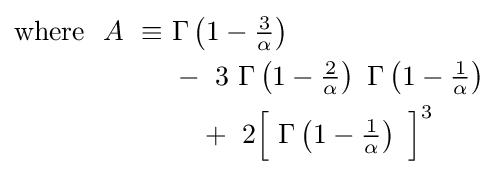
{\begin{aligned}{\text{where}}~~A\ \equiv \ &\Gamma \left(1-{\tfrac {3}{\alpha }}\right)\\&-\ 3\ \Gamma \left(1-{\tfrac {2}{\alpha }}\right)\ \Gamma \left(1-{\tfrac {1}{\alpha }}\right)\\&\quad +\ 2{\Bigl [}\ \Gamma \left(1-{\tfrac {1}{\alpha }}\right)\ {\Bigr ]}^{3}\ \end{aligned}}